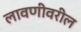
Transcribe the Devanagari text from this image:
लावणीवरील